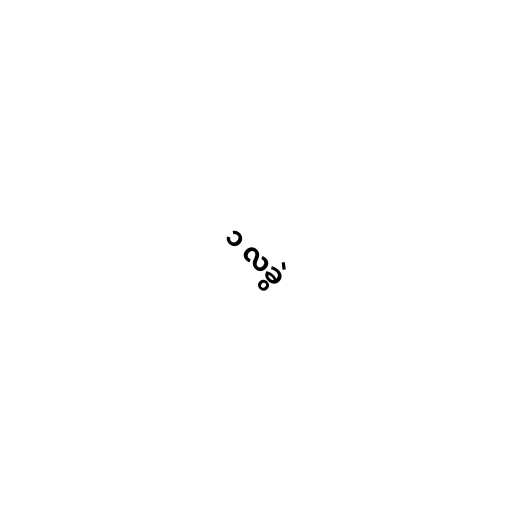
၁ လခွဲ